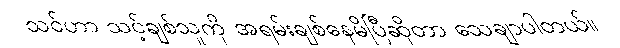
သင်ဟာ သင့်ချစ်သူကို အရမ်းချစ်နေမိပြီဆိုတာ သေချာပါတယ်။